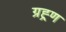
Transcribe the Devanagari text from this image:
ग्रह्र्ण